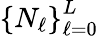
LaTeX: \left\{ N_{\ell}\right\} _{\ell=0}^{L}